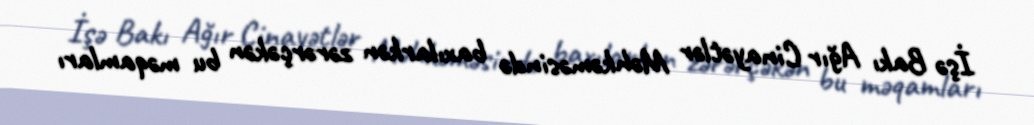
İşə Bakı Ağır Cinayətlər Məhkəməsində baxılarkən zərərçəkən bu məqamları